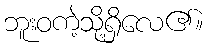
ဘူးဝကဲ့သို့ရှိလေ၏။